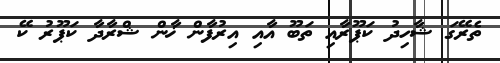
ތެރޭގަ ޝާހިދު ކަޕޫރާއި ތަބޫ އާއި އިރުފާން ޚާން ޝްރާދާ ކަޕޫރު ކޭ